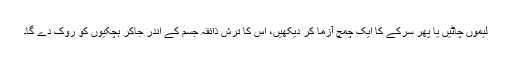
لیموں چاٹیں یا پھر سرکے کا ایک چمچ آزما کر دیکھیں، اس کا ترش ذائقہ جسم کے اندر جاکر ہچکیوں کو روک دے گا۔